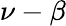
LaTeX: \nu-\beta